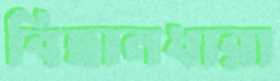
বিছানধারা